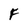
Character: F